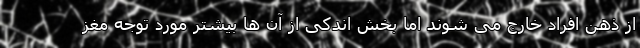
از ذهن افراد خارج می شوند اما بخش اندکی از آن ها بیشتر مورد توجه مغز